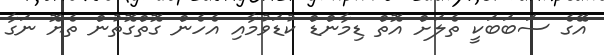
އޭގެ ސަބަބަކީ ތެލަށް އޮތް ޑިމާންޑް ކުޑަވުމާއި އެހެން ގޮތްގޮތުން ތެޔޮ ނަގާ